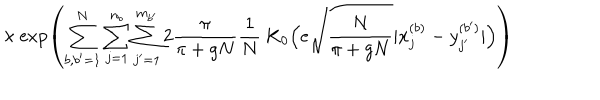
LaTeX: \times \exp \left( \sum _ { b , b ^ { \prime } = 1 } ^ { N } \sum _ { j = 1 } ^ { n _ { b } } \sum _ { j ^ { \prime } = 1 } ^ { m _ { b ^ { \prime } } } 2 \frac { \pi } { \pi + g N } \frac { 1 } { N } \; \mathrm { K } _ { 0 } \Big ( e \sqrt { \frac { N } { \pi + g N } } | x _ { j } ^ { ( b ) } - y _ { j ^ { \prime } } ^ { ( b ^ { \prime } ) } | \Big ) \right)